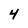
Character: 4